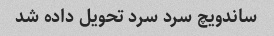
ساندویچ سرد سرد تحویل داده شد